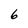
Character: 6